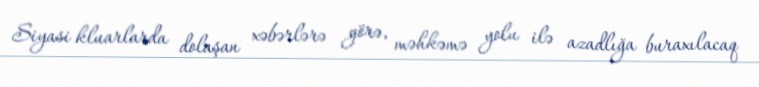
Siyasi kluarlarda dolaşan xəbərlərə görə, məhkəmə yolu ilə azadlığa buraxılacaq